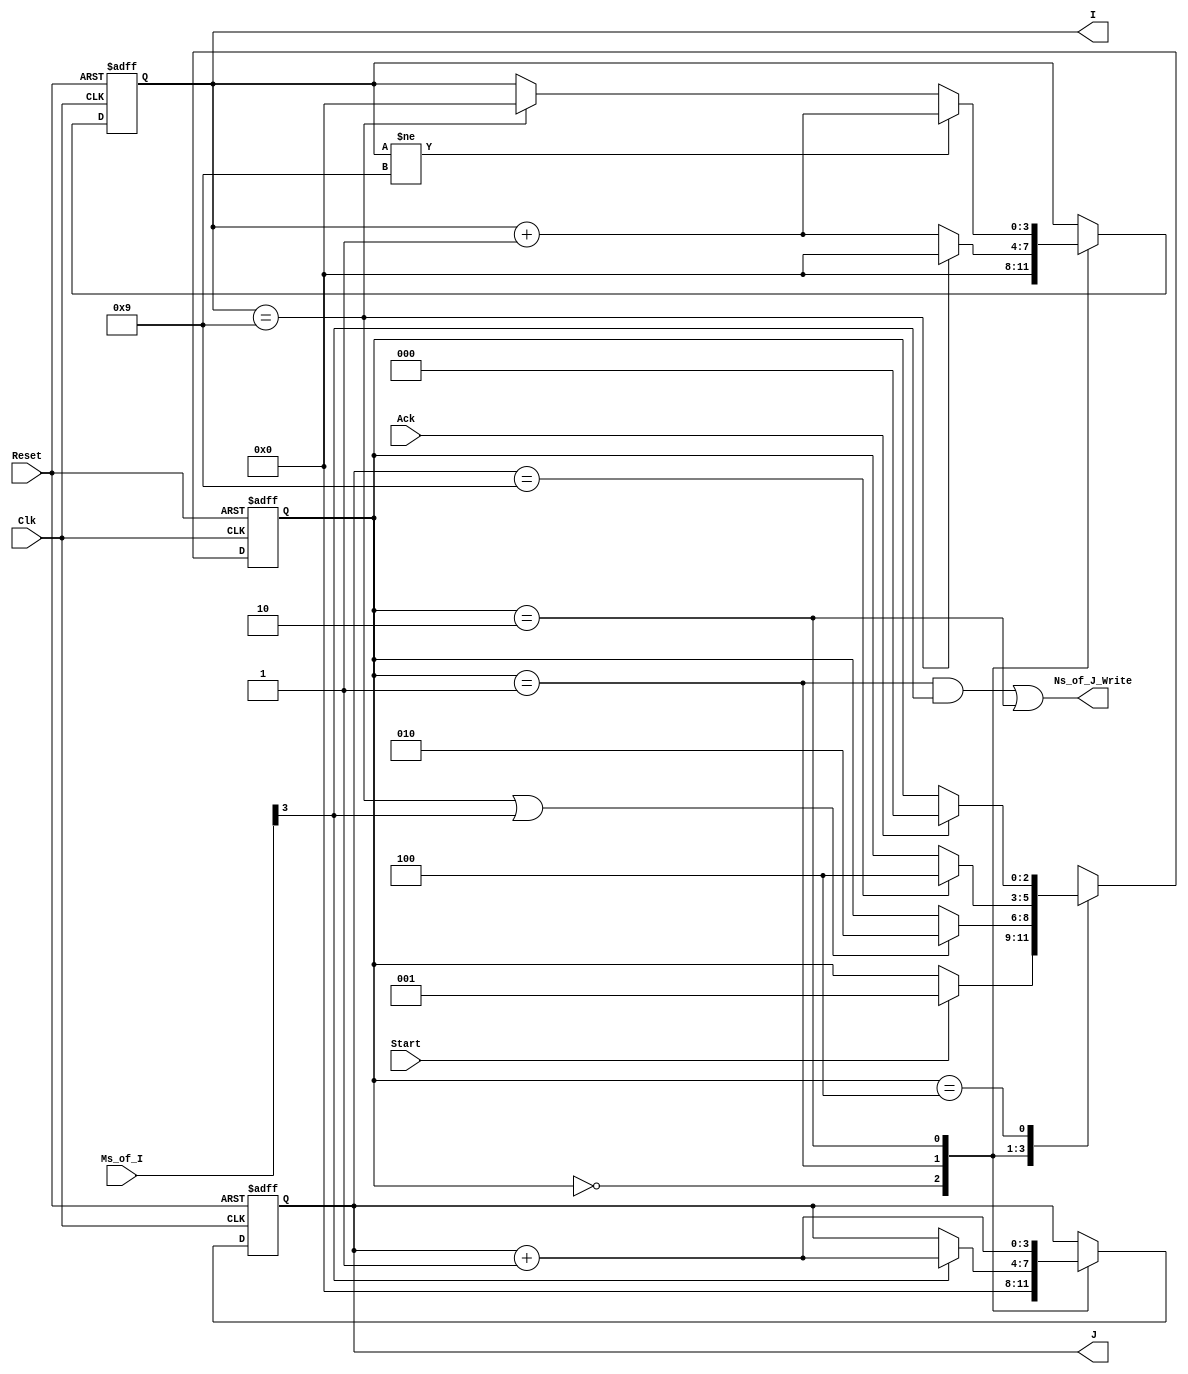
// ---------------------------------------------------------------------------------
//  Module: copy_array_to_array_imp2
// 	By: Ananth Rampura Sheshagiri Rao, Gandhi Puvvada

//  Description: Given a soted array M[I] of ten unsigned numbers,
//  create an array N[J] of ten signed numbers. 
//				The 2-D arrays of memory
//               are declared in the testbench and the index and corresponding 
//               element are passed between the testbench and UUT.
// ---------------------------------------------------------------------------------

`timescale 1 ns / 100 ps

module copy_array_to_array_imp2 (Reset, Clk, Start, Ack, Ms_of_I, Ns_of_J_Write, I, J);

// Special note:  // ** TODO **  Actually there is nothing to do here, 
		// except you read this paragraph closely.
// The testbench or the TOP design has the memory arrays.
// This sub-design sends I to the top and received M[I], 
// inspects if M[I][3] is 0 or 1 to see if the number 
// belongs to chunk#1 or chunk#2.
// To deposit it into Ns_of_J (standing for N[J]), this sub-design sends
// to the testbench or the TOP the two items, J and Ns_of_J_Write.  Ns_of_J gets   
// written at the end of the clock synchronously in the testbench or the TOP design.
// The pointers I and J are maintained and updated here in the sub-design.

//inputs and outputs declaration
input Reset, Clk;
input Start, Ack;
input [3:0] Ms_of_I; // Ms_of_I stands for M[I]; similarly Ns_of_J stands for N[J]
output Ns_of_J_Write;
output [3:0] I, J; //I and J are counters for memory indexing

// reg and wire declaration
wire Ns_of_J_Write;
reg [3:0] I,J;  
reg [2:0] state;

// State machine states
localparam
 INI   = 3'b000,
 LS2C  = 3'b001,
 CBC   = 3'b010,
 DONE  = 3'b100,
 UNKN  = 3'bxxx;
 
localparam 
 Imax  = 4'b1001, Jmax = 4'b1001; // Both Imax and Jmax are 9. 0 to 9 make ten elements.
 
// OFL  // ** TODO **  Actually there is nothing to do here, 
		// except you read this paragraph closely.
// Note: Here we have deviated from our RTL coding style and created a combinational OFL
assign Ns_of_J_Write = ( ((state == LS2C) && (Ms_of_I[3]) ) || (state == CBC) );
// Note that we should not, by mistake, be generating the above signal, Ns_of_J_Write, 
// in the clocked procedural block below. If we do so, we will have a clock delay 
// in activating (and inactivating) Ns_of_J_Write. Solely to make this point, we have 
// coded the design with memories in the top/test bench.  

//start of state machine
always @(posedge Clk, posedge Reset) //asynchronous active_high Reset
 begin  
	   if (Reset) 
	       begin
	           I <= 4'bXXXX;
	           J <= 4'bXXXX;
			   state <= INI;
	       end
       else // under positiver edge of the clock
         begin
            case (state) // state and data transfers
                 INI:
					begin
					// state transitions
                        if(Start) 
							state <= LS2C;
					// RTL
					   	I <= 4'b0000;
						J <= 4'b0000;
					end
                       
                 LS2C:       // ** TODO **  complete RTL Operations and State Transitions            
                    begin  // Please see the "assign Ns_of_J_Write = ..." line in the OFL
					// state transitions

								if((I == 9) || (Ms_of_I[3] == 1))
									state <= CBC;
					
					//RTL
  
								if(Ms_of_I[3] == 1)
									J = J + 1;
								if (I == 9)
									I = 0;
								else
									I = I +1;
                    end
					
                 CBC:       // ** TODO **  complete RTL Operations and State Transitions
					begin // Please see the "assign Ns_of_J_Write = ..." line in the OFL
					// state transitions
						if( J == 9)
							state <= DONE;
 
 
					//RTL
						J = J + 1;
						if( I != 9)
							I = I + 1;
						else if (I == 9)
							I = 0;
					
                    end
                                               
                 DONE:
                    begin
                        if(Ack)
							state <= INI;
						// else state <= DONE;
                    end
				default: 
                    begin
                         state <= UNKN;    
                    end
            endcase
         end   
 end // end of always procedural block 
               
 endmodule